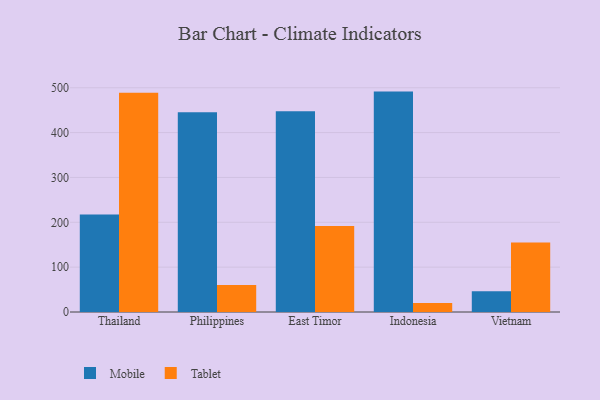
{"axis": {"x": "Country", "y": "Energy Usage (MWh)"}, "legend": ["Mobile", "Tablet"], "data": [{"x": "Thailand", "y": 217.6, "type": "Mobile"}, {"x": "Thailand", "y": 488.6, "type": "Tablet"}, {"x": "Philippines", "y": 445.3, "type": "Mobile"}, {"x": "Philippines", "y": 60.1, "type": "Tablet"}, {"x": "East Timor", "y": 447.4, "type": "Mobile"}, {"x": "East Timor", "y": 191.8, "type": "Tablet"}, {"x": "Indonesia", "y": 491.4, "type": "Mobile"}, {"x": "Indonesia", "y": 20.2, "type": "Tablet"}, {"x": "Vietnam", "y": 46.0, "type": "Mobile"}, {"x": "Vietnam", "y": 155.1, "type": "Tablet"}]}